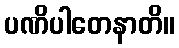
ပဏိပါတေနာတိ။